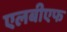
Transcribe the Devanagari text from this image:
एलबीएफ